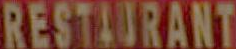
RESTAURANT